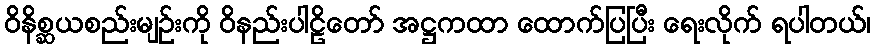
ဝိနိစ္ဆယစည်းမျဉ်းကို ဝိနည်းပါဠိတော် အဋ္ဌကထာ ထောက်ပြပြီး ရေးလိုက် ရပါတယ်၊